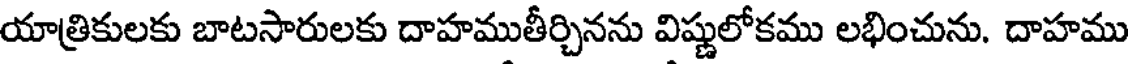
యాత్రికులకు బాటసారులకు దాహముతీర్చినను విష్ణులోకము లభించును. దాహము